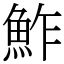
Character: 鮓